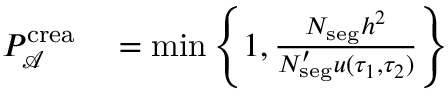
\begin{array} { r l } { P _ { \mathcal { A } } ^ { \mathrm { c r e a } } } & { { } = \operatorname* { m i n } \left\{ 1 , \frac { N _ { \mathrm { s e g } } h ^ { 2 } } { N _ { \mathrm { s e g } } ^ { \prime } u ( \tau _ { 1 } , \tau _ { 2 } ) } \right\} } \end{array}